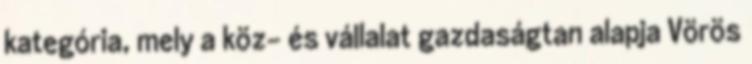
kategória, mely a köz- és vállalat gazdaságtan alapja Vörös